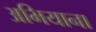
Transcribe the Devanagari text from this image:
अभियाना